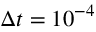
\Delta t = 1 0 ^ { - 4 }